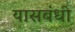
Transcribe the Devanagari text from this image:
यासबंधी